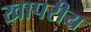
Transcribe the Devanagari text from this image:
खापरीय